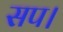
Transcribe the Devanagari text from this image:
सप।